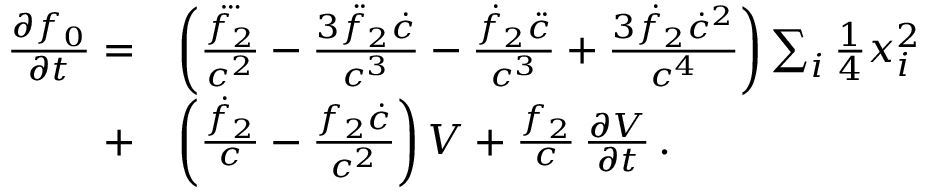
\begin{array} { r l } { \frac { \partial f _ { 0 } } { \partial t } = } & { \left( \frac { \dddot { f _ { 2 } } } { c ^ { 2 } } - \frac { 3 \ddot { f } _ { 2 } \dot { c } } { c ^ { 3 } } - \frac { \dot { f } _ { 2 } \ddot { c } } { c ^ { 3 } } + \frac { 3 \dot { f } _ { 2 } \dot { c } ^ { 2 } } { c ^ { 4 } } \right) \sum _ { i } { \textstyle \frac { 1 } { 4 } } x _ { i } ^ { 2 } } \\ { + } & { \left( \frac { \dot { f } _ { 2 } } { c } - \frac { f _ { 2 } \dot { c } } { c ^ { 2 } } \right) V + \frac { f _ { 2 } } { c } \, \frac { \partial V } { \partial t } \, . } \end{array}